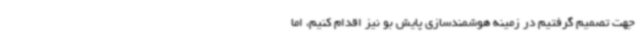
جهت تصمیم گرفتیم در زمینه هوشمندسازی پایش بو نیز اقدام کنیم، اما